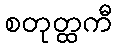
စတုတ္ထကီ